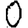
Digit: 0